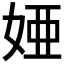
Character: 𫰫